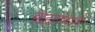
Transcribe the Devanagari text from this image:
साह्यापेक्षाही